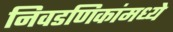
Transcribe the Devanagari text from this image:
निवडणिकांमध्ये